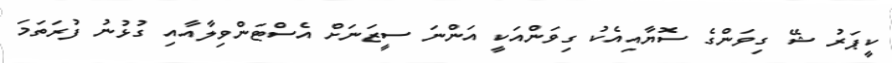
ކީޕަރު ޝޭ ގިވަންގެ ސޮޔާއިއެކު ގިވަންއަކީ އަންނަ ސީޒަނަށް އެސްޓަންވިލާއާއި ގުޅުނު ފުރަތަމަ